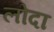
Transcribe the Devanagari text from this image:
लोदा